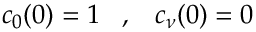
c _ { 0 } ( 0 ) = 1 \; \; \; , \; \; \; c _ { \nu } ( 0 ) = 0